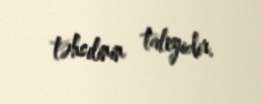
təhsilinin taleyidir.